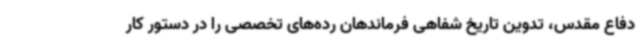
دفاع مقدس، تدوین تاریخ شفاهی فرماندهان رده‌های تخصصی را در دستور کار